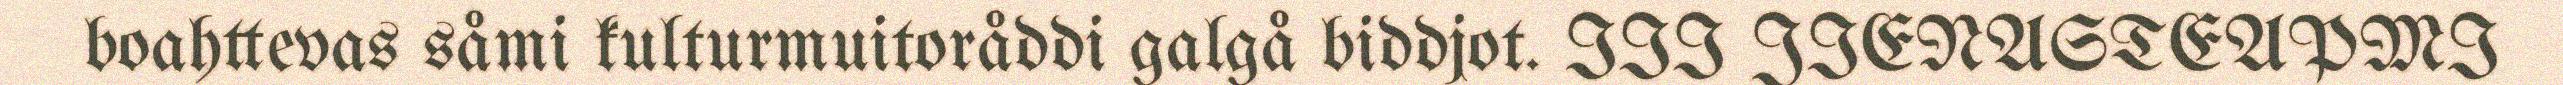
boahttevas såmi kulturmuitoråddi galgå biddjot. III JIENASTEAPMI